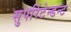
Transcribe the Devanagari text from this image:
सुपरिंटेन्डन्ट